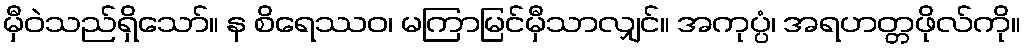
မှီဝဲသည်ရှိသော်။ န စိရေဿဝ၊ မကြာမြင်မှီသာလျှင်။ အကုပ္ပံ၊ အရဟတ္တဖိုလ်ကို။